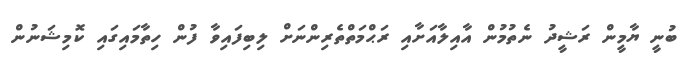
ބުނީ ޔާމީން ރަޝީދު ނެތުމުން އާއިލާއަށާއި ރަޙްމަތްތެރިންނަށް ލިބިފައިވާ ފުން ހިތާމައިގައި ކޮމިޝަނުން